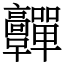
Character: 䯬